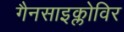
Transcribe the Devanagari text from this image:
गैनसाइक्लोविर